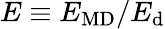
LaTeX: E\equiv E_{\mathrm{MD}}/E_{\mathrm{d}}